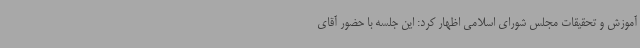
آموزش و تحقیقات مجلس شورای اسلامی اظهار کرد: این جلسه با حضور آقای